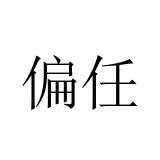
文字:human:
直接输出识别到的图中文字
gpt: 偏任